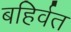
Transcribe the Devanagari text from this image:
बहिर्वत